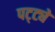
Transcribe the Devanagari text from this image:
पट्ट्ये